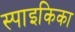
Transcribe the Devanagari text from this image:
स्पाइकिका